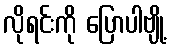
လိုရင်းကို ပြောပါဗျို့